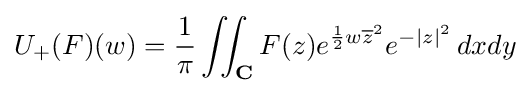
U_{+}(F)(w)={\frac {1}{\pi }}\iint _{\mathbf {C} }F(z)e^{{\frac {1}{2}}w{\overline {z}}^{2}}e^{-|z|^{2}}\,dxdy